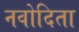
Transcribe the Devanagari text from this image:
नवोदिता